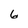
Character: 6